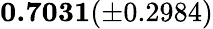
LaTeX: \mathbf{0.7031}(\pm 0.2984)